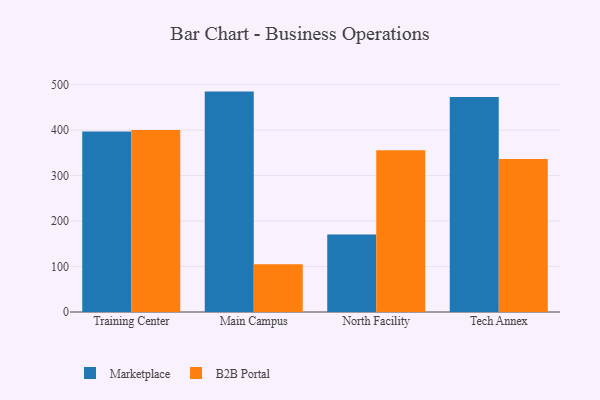
{"axis": {"x": "Campus", "y": "Energy Usage (MWh)"}, "legend": ["B2B Portal", "Marketplace"], "data": [{"x": "Training Center", "y": 396.7, "type": "Marketplace"}, {"x": "Training Center", "y": 400.2, "type": "B2B Portal"}, {"x": "Main Campus", "y": 484.5, "type": "Marketplace"}, {"x": "Main Campus", "y": 104.8, "type": "B2B Portal"}, {"x": "North Facility", "y": 170.3, "type": "Marketplace"}, {"x": "North Facility", "y": 355.7, "type": "B2B Portal"}, {"x": "Tech Annex", "y": 472.9, "type": "Marketplace"}, {"x": "Tech Annex", "y": 336.5, "type": "B2B Portal"}]}